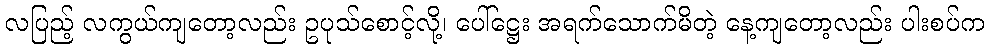
လပြည့် လကွယ်ကျတော့လည်း ဥပုသ်စောင့်လို့၊ ပေါ်ဋ္ဌေး အရက်သောက်မိတဲ့ နေ့ကျတော့လည်း ပါးစပ်က